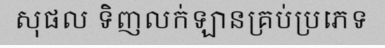
សុផល ទិញលក់ឡានគ្រប់ប្រភេទ